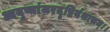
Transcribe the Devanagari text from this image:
आयुष्मांजरदृष्टिर्यथासम्।।